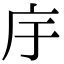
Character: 㡰